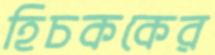
হিচককের